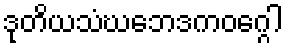
ဒုတိယသံဃဘေဒကဝဂ္ဂေါ